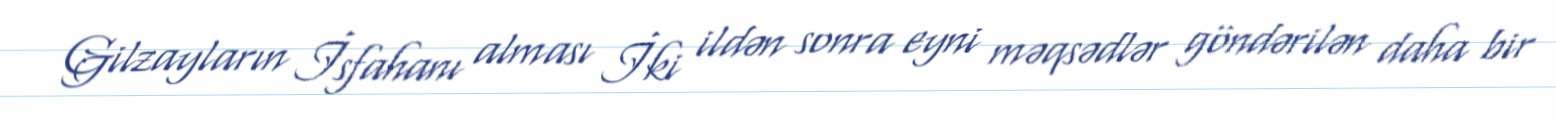
Gilzayların İsfahanı alması İki ildən sonra eyni məqsədlər göndərilən daha bir